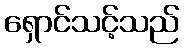
ရှောင်သင့်သည်